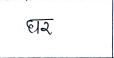
मजकूर: घर